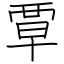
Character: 覃